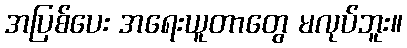
အပြစ်ပေး အရေးယူတာတွေ မလုပ်ဘူး။